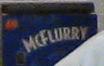
mcflurry